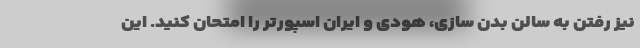
نیز رفتن به سالن بدن سازی، هودی و ایران اسپورتر را امتحان کنید. این